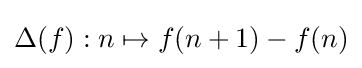
\Delta (f):n\mapsto f(n+1)-f(n)